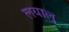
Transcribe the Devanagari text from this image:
लयालु